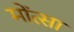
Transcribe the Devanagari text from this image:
मोंत्सा